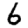
Digit: 6